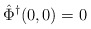
\begin{align*}\hat\Phi^\dagger(0,0) &= 0\end{align*}